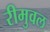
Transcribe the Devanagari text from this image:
रीमुवल